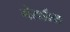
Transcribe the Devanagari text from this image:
गेरार्डला